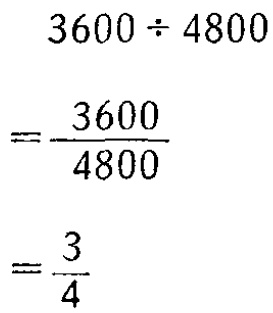
\[

\begin{align*}

3600\div4800&\\

&=\frac{3600}{4800}\\

&=\frac{3}{4}

\end{align*}

\]